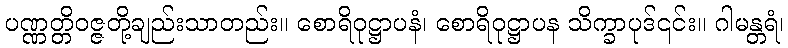
ပဏ္ဏတ္တိဝဇ္ဇတို့ချည်းသာတည်း။ စောရိဝုဋ္ဌာပနံ၊ စောရိဝုဋ္ဌာပန သိက္ခာပုဒ်၎င်း။ ဂါမန္တရံ၊